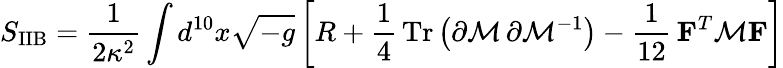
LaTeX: S_{\mathrm{IIB}}=\frac{1}{2\kappa^{2}}\int d^{10}x\sqrt{-g}\left[R+\frac{1}{4}\, \mathrm{Tr}\left(\partial{\cal{M}}\, \partial{\cal{M}}^{-1}\right)-\frac{1}{12}\, {\mathbf F}^{T}{\cal{M}}{\mathbf F}\right]